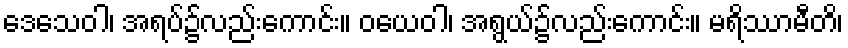
ဒေသေဝါ၊ အရပ်၌လည်းကောင်း။ ဝယေဝါ၊ အရွယ်၌လည်းကောင်း။ မရိဿာမီတိ၊